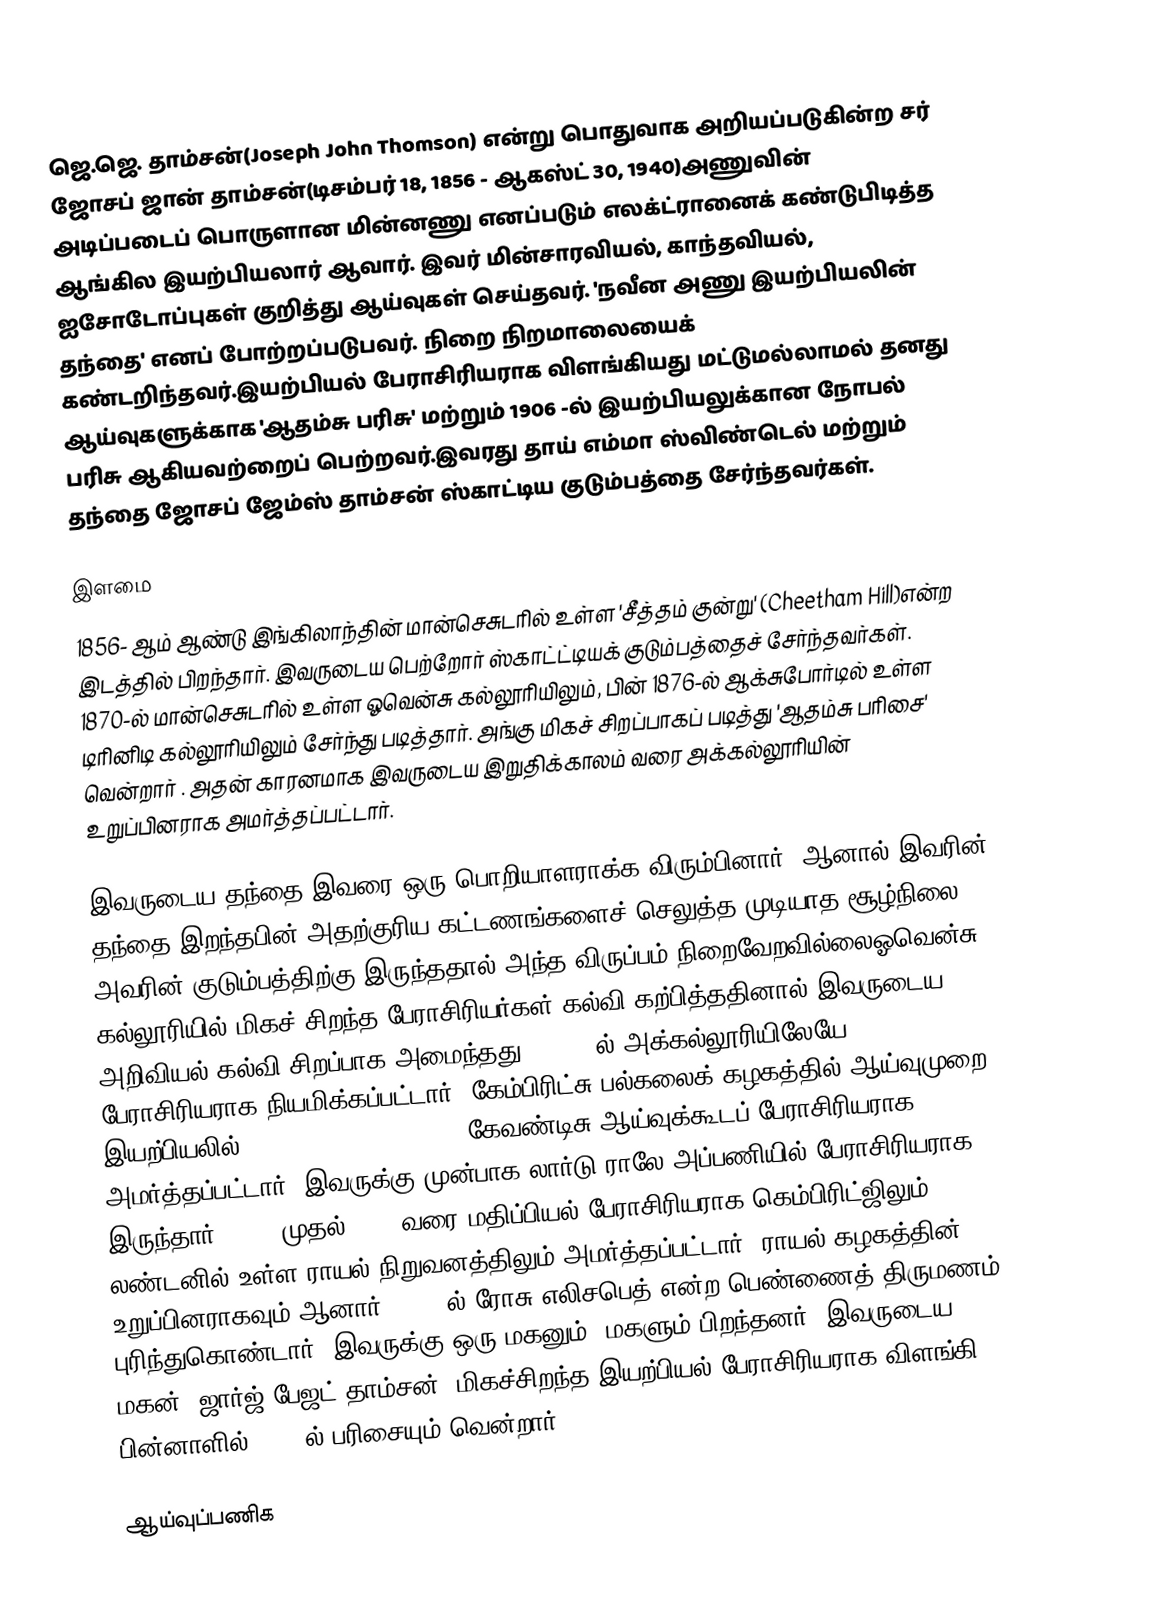
ஜெ.ஜெ. தாம்சன்(Joseph John Thomson) என்று பொதுவாக அறியப்படுகின்ற சர் ஜோசப் ஜான் தாம்சன்(டிசம்பர் 18, 1856 - ஆகஸ்ட் 30, 1940)அணுவின் அடிப்படைப் பொருளான மின்னணு எனப்படும் எலக்ட்ரானைக் கண்டுபிடித்த ஆங்கில இயற்பியலார் ஆவார். இவர் மின்சாரவியல், காந்தவியல், ஐசோடோப்புகள் குறித்து ஆய்வுகள் செய்தவர்.  'நவீன அணு இயற்பியலின் தந்தை' எனப் போற்றப்படுபவர். நிறை நிறமாலையைக் கண்டறிந்தவர்.இயற்பியல் பேராசிரியராக விளங்கியது மட்டுமல்லாமல் தனது ஆய்வுகளுக்காக 'ஆதம்சு பரிசு' மற்றும் 1906 -ல் இயற்பியலுக்கான நோபல் பரிசு ஆகியவற்றைப் பெற்றவர்.இவரது தாய் எம்மா ஸ்விண்டெல் மற்றும் தந்தை ஜோசப் ஜேம்ஸ் தாம்சன் ஸ்காட்டிய குடும்பத்தை சேர்ந்தவர்கள்.

இளமை
1856- ஆம் ஆண்டு இங்கிலாந்தின்  மான்செசுடரில் உள்ள 'சீத்தம் குன்று' (Cheetham Hill)என்ற இடத்தில் பிறந்தார். இவருடைய பெற்றோர் ஸ்காட்ட்டியக் குடும்பத்தைச் சேர்ந்தவர்கள். 1870-ல் மான்செசுடரில் உள்ள ஓவென்சு கல்லூரியிலும், பின் 1876-ல் ஆக்சுபோர்டில் உள்ள டிரினிடி கல்லூரியிலும் சேர்ந்து படித்தார். அங்கு மிகச் சிறப்பாகப் படித்து 'ஆதம்சு பரிசை' வென்றார் . அதன் காரனமாக இவருடைய இறுதிக்காலம் வரை அக்கல்லூரியின் உறுப்பினராக அமர்த்தப்பட்டார்.

இவருடைய தந்தை இவரை ஒரு பொறியாளராக்க விரும்பினார். ஆனால் இவரின் தந்தை இறந்தபின் அதற்குரிய கட்டணங்களைச் செலுத்த முடியாத சூழ்நிலை அவரின் குடும்பத்திற்கு இருந்ததால் அந்த விருப்பம் நிறைவேறவில்லைஓவென்சு கல்லூரியில் மிகச் சிறந்த பேராசிரியர்கள் கல்வி கற்பித்ததினால் இவருடைய அறிவியல் கல்வி சிறப்பாக அமைந்தது. 1883 -ல் அக்கல்லூரியிலேயே பேராசிரியராக நியமிக்கப்பட்டார். கேம்பிரிட்சு பல்கலைக் கழகத்தில் ஆய்வுமுறை இயற்பியலில் (Experimental Physics) கேவண்டிசு ஆய்வுக்கூடப் பேராசிரியராக அமர்த்தப்பட்டார். இவருக்கு முன்பாக லார்டு ராலே அப்பணியில் பேராசிரியராக இருந்தார். 1884 முதல் 1918 வரை மதிப்பியல் பேராசிரியராக  கெம்பிரிட்ஜிலும், லண்டனில் உள்ள ராயல் நிறுவனத்திலும் அமர்த்தப்பட்டார். ராயல் கழகத்தின் உறுப்பினராகவும் ஆனார். 1890-ல் ரோசு எலிசபெத் என்ற பெண்ணைத் திருமணம் புரிந்துகொண்டார். இவருக்கு ஒரு மகனும், மகளும் பிறந்தனர். இவருடைய மகன் 'ஜார்ஜ் பேஜட் தாம்சன்' மிகச்சிறந்த இயற்பியல் பேராசிரியராக விளங்கி பின்னாளில் 1937-ல் பரிசையும் வென்றார்.

ஆய்வுப்பணிக